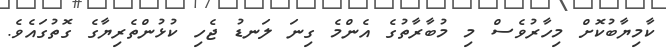
ކާމިޔާބުކޮށް މިހާރުވެސް މި މުބާރާތުގެ އެންމެ ގިނަ ލަނޑު ޖެހި ކުޅުންތެރިޔާގެ ގޮތުގައެވެ.